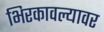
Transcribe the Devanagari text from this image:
भिरकावल्यावर